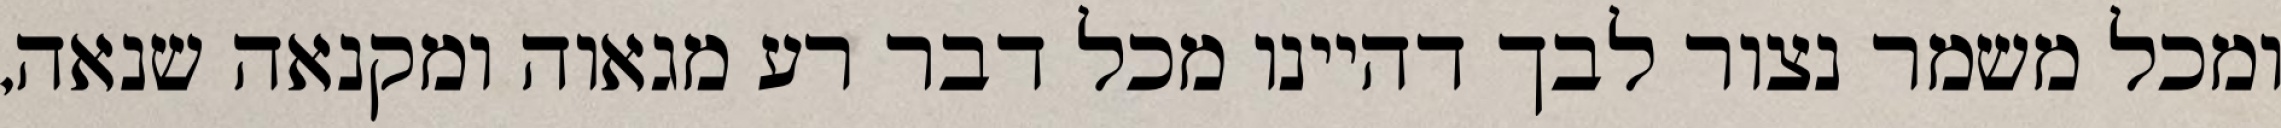
ומכל משמר נצור לבך דהיינו מכל דבר רע מגאוה ומקנאה שנאה,